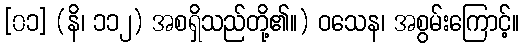
[၀၁] (နိ၊ ၁၁၂) အစရှိသည်တို့၏။) ဝသေန၊ အစွမ်းကြောင့်။